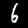
Label: 6